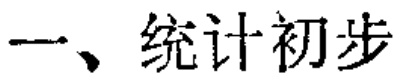
一、统计初步